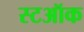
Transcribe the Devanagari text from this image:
स्टऑक